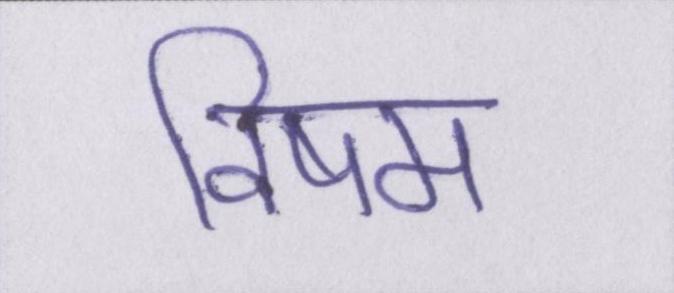
विषम